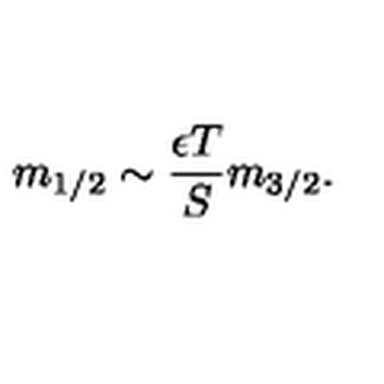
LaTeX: m _ { 1 / 2 } \sim \frac { \epsilon T } { S } m _ { 3 / 2 } .